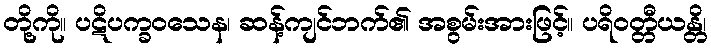
တို့ကို။ ပဋိပက္ခဝသေန၊ ဆန့်ကျင်ဘက်၏ အစွမ်းအားဖြင့်။ ပရိဝတ္တီယန္တိ၊